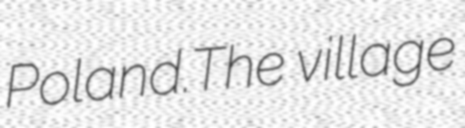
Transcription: Poland.The village